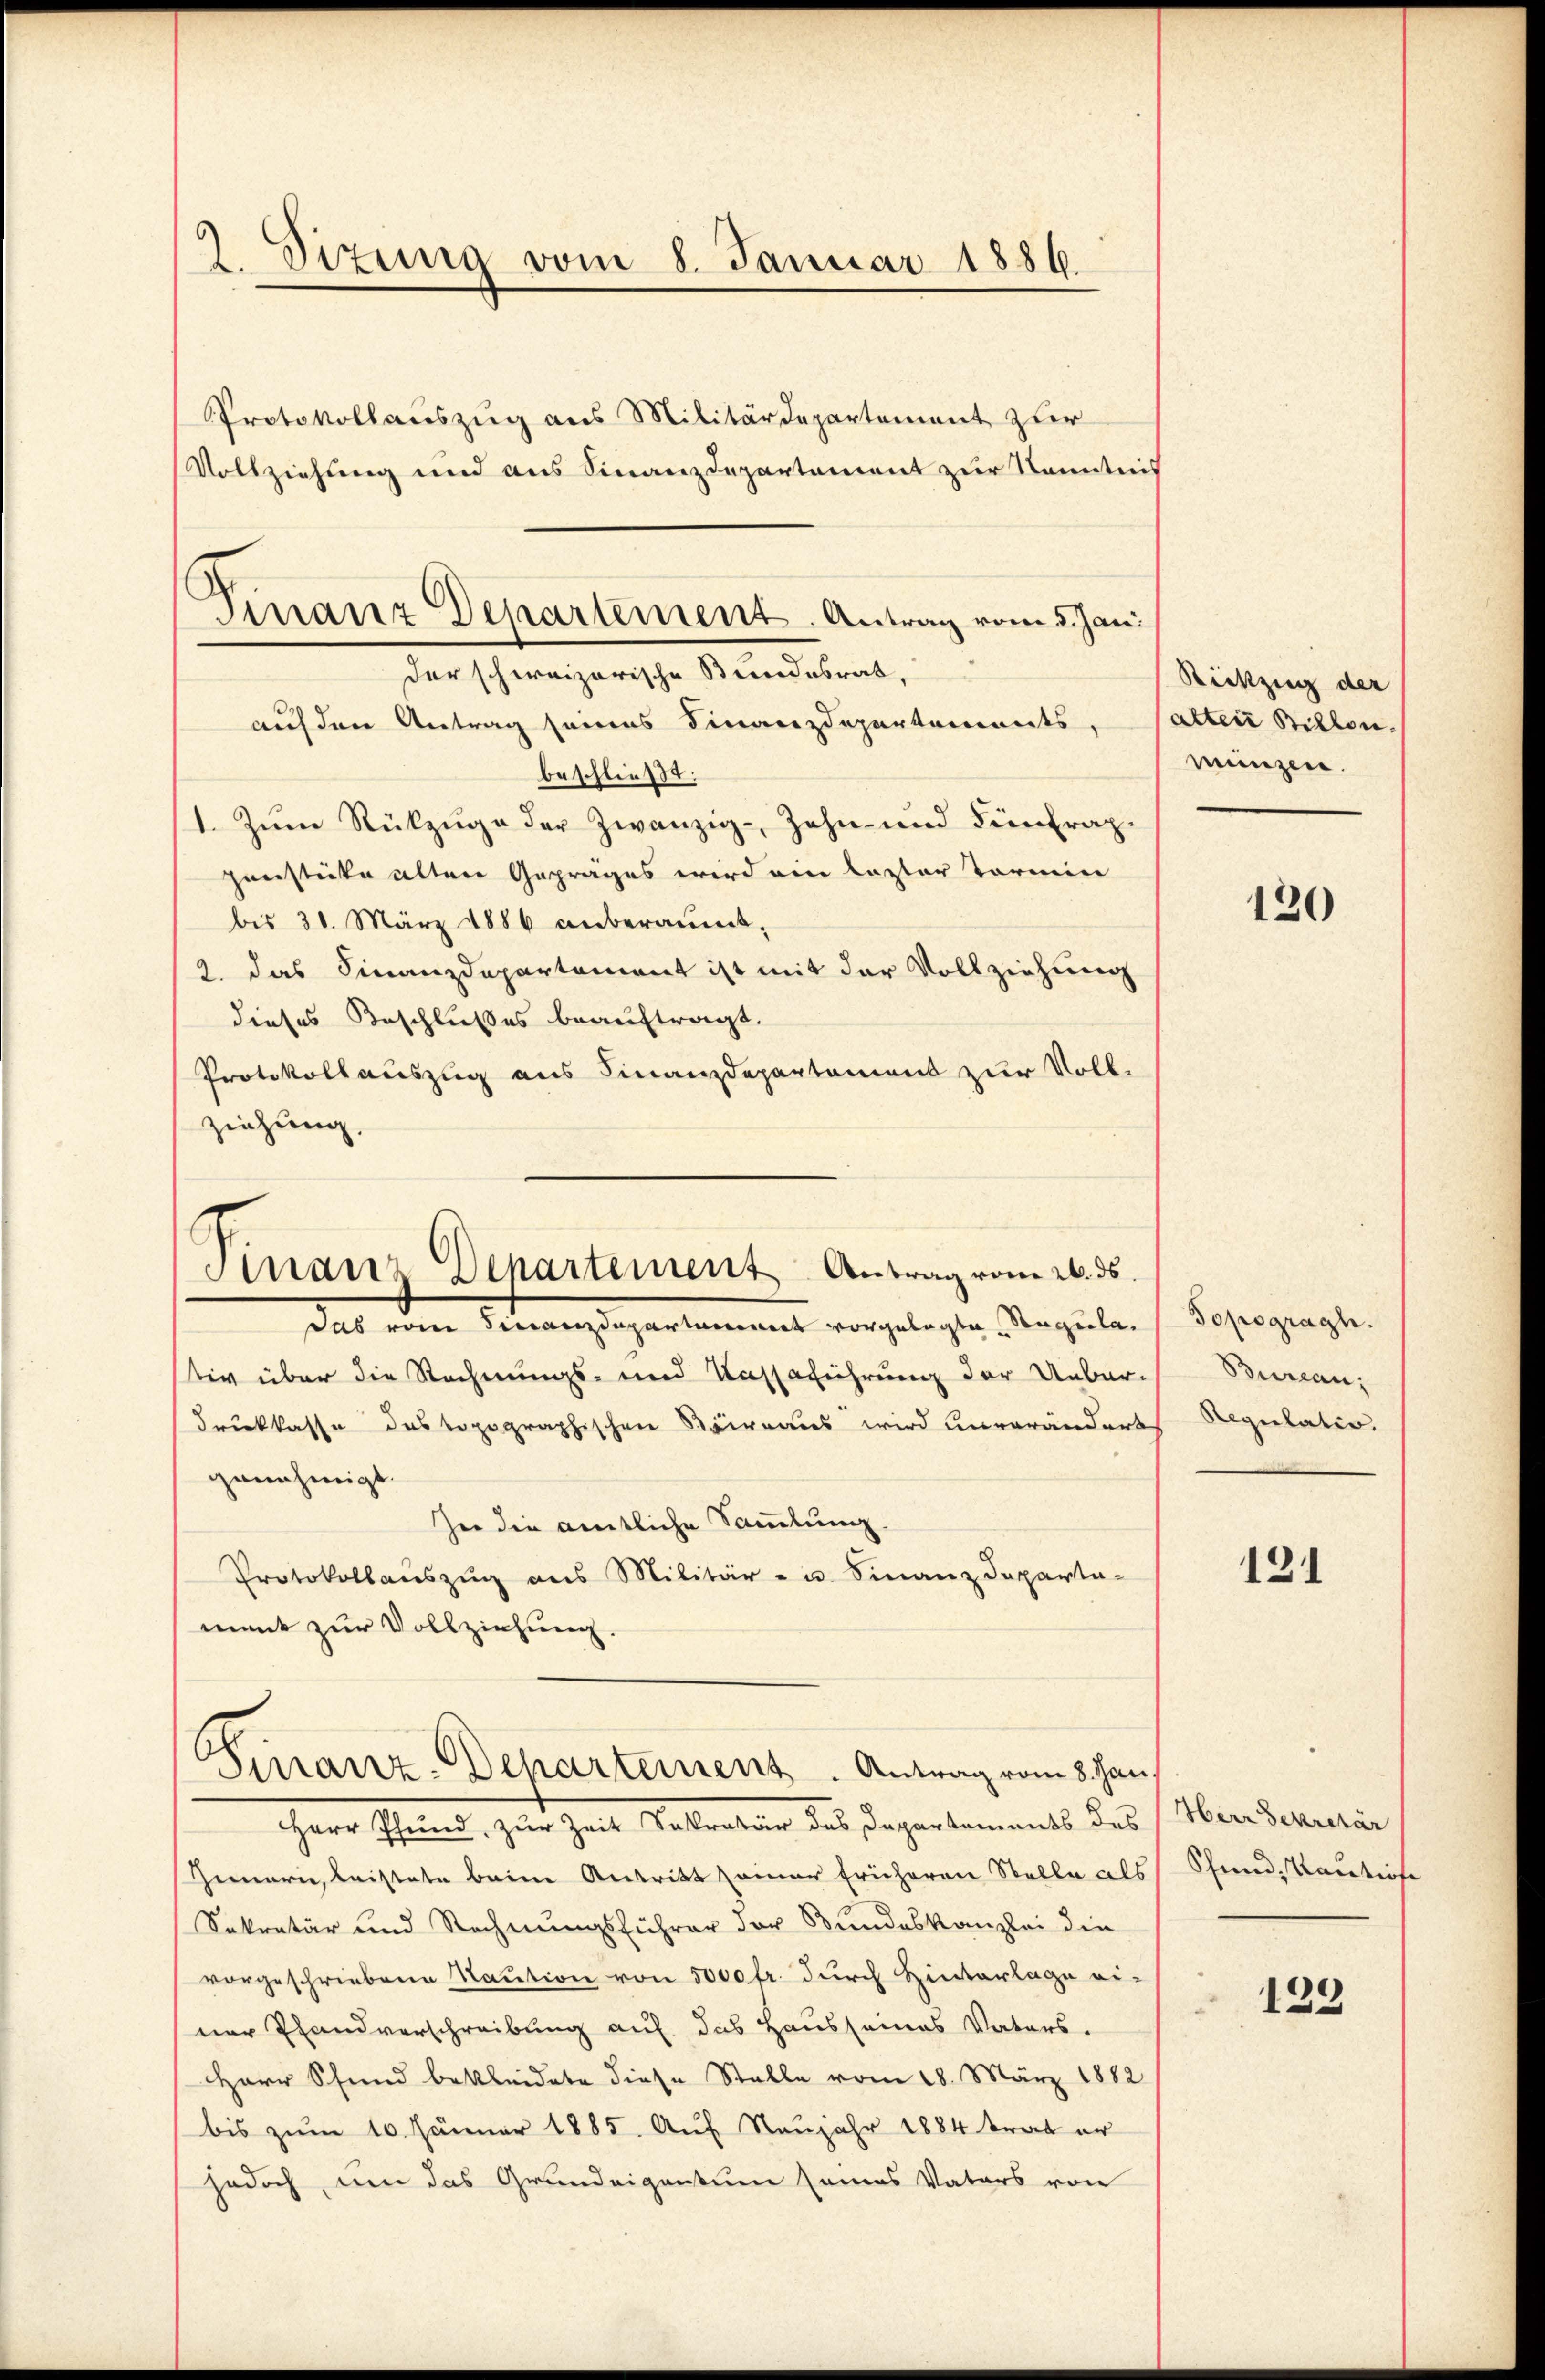
2 Dizung vom 8. Januar 1886.
Protokollauszug aus Militärdepartement zur
Vollziehung und aus Finanzdepartement zur Kenntnis

Finanz Departement. Antrag vom 5. Jan
der schweizerische Bundesrat,

auf den Antrag seines Finanzdepartements
beschließt:
1. Zŭm Rückzŭge der Zwanzig- Zahn- und Finfragpenstücke alten Geprages wird am lezter Termin
bis 31. März 1886 anberaumt,
2. das Finanzdepartement ist mit der Vollziehung
dieses Beschlußes beauftragt.
Protokollauszug aus Finanzdepartamens zur Voll-
ziehung,

Finanz Departement Antrag vom 26. ds.

Das vom Finanzdepartammet vorgelegte Stupulativ über die Rechnungs- und Kassaführung der Unbar-
drücklasse das topographischen Reinaus wird unverändert
genehmigt.
In die amtliche Sammlung
Protokollaŭszŭg ans Militär- u. Finanzdeparta-
ment zur Vollziehung.

6
Finanz-Departement. Antrag vom 8. Jan.

Herr Pfund, zur Zeit Sekretär des Departements des Herr Sekretär
Innern, leistete beim Antritt seiner früheren Stelle als
Sekretär und Rechnungsführer der Bundeskanzlei die
vorgeschriebene Saution von 5000 fr. durch Hinterlage ei-
ner Pfandverschreibung auf das Haussames Vaters.
Herr Pfund bekleidete diese Stelle vom 28. März 1882
bis zum 10. Jänner 1885. Auf Neujahr 1884 trat er
jedoch, um das Grundeigentum seines Vaters von

Rückzug der
alten Billon,
münzen.

120

Topogragh.
Biercan.
Regulatio

121

Schend, Kautiose

129